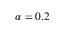
\alpha = 0 . 2